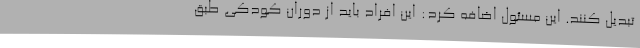
تبدیل کنند. این مسئول اضافه کرد: این افراد باید از دوران کودکی طبق